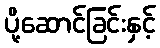
ပို့ဆောင်ခြင်းနှင့်